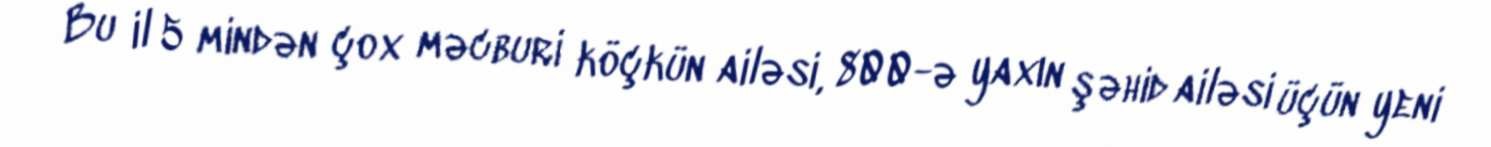
Bu il 5 mindən çox məcburi köçkün ailəsi, 800-ə yaxın şəhid ailəsi üçün yeni